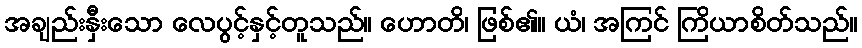
အချည်းနှီးသော လေပွင့်နှင့်တူသည်။ ဟောတိ၊ ဖြစ်၏။ ယံ၊ အကြင် ကြိယာစိတ်သည်။